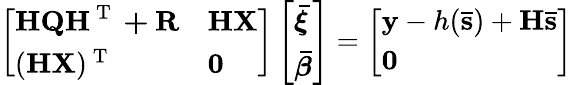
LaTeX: \left[\begin{array}{ll}{\mathbf{HQH^{\mathrm{~T~}}+R}}&{\mathbf{HX}}\\ {(\mathbf{HX})^{\mathrm{~T~}}}&{\mathbf{0}}\end{array}\right]\left[\begin{array}{l}{\boldsymbol{\bar{\xi}}}\\ {\boldsymbol{\bar{\beta}}}\end{array}\right]=\left[\begin{array}{l}{\mathbf{y}-h(\mathbf{\bar{s}})+\mathbf{H\bar{s}}}\\ {\mathbf{0}}\end{array}\right]